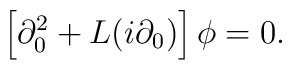
\left[\partial_0^2+L(i\partial_0)\right]\phi=0.